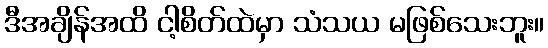
ဒီအချိန်အထိ ငါ့စိတ်ထဲမှာ သံသယ မဖြစ်သေးဘူး။